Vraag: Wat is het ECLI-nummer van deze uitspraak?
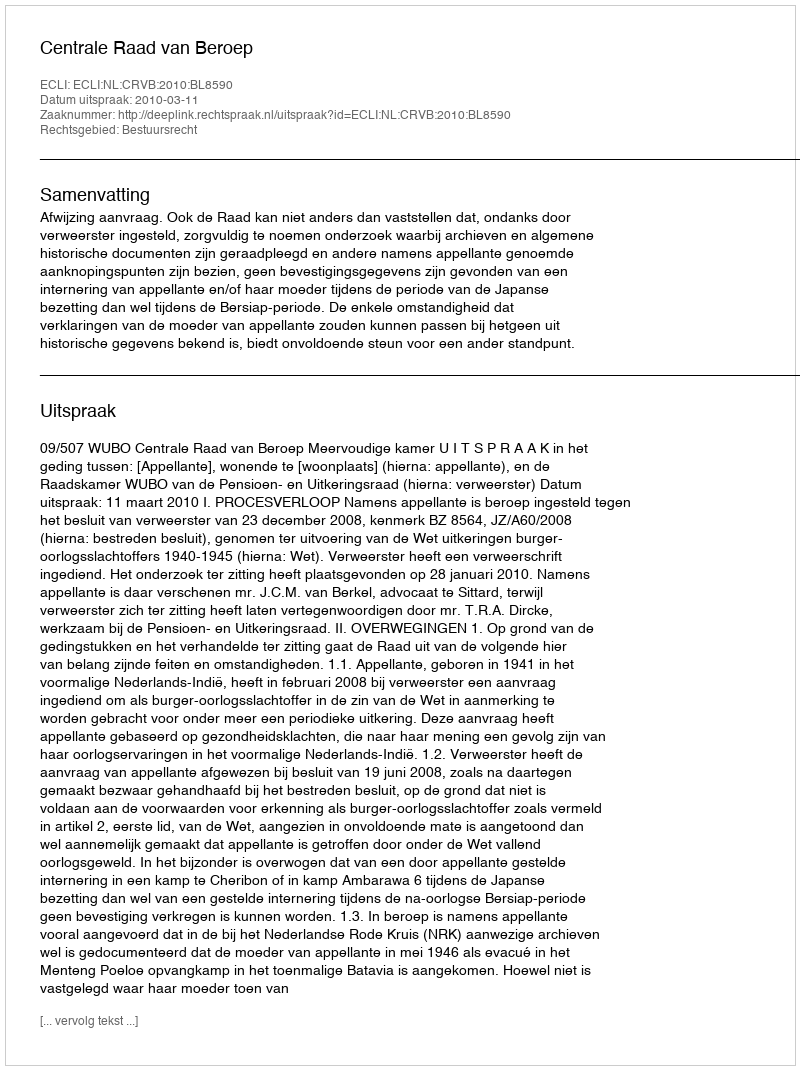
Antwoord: ECLI:NL:CRVB:2010:BL8590